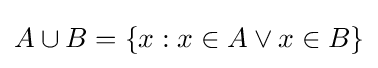
A\cup B=\{x:x\in A\lor x\in B\}